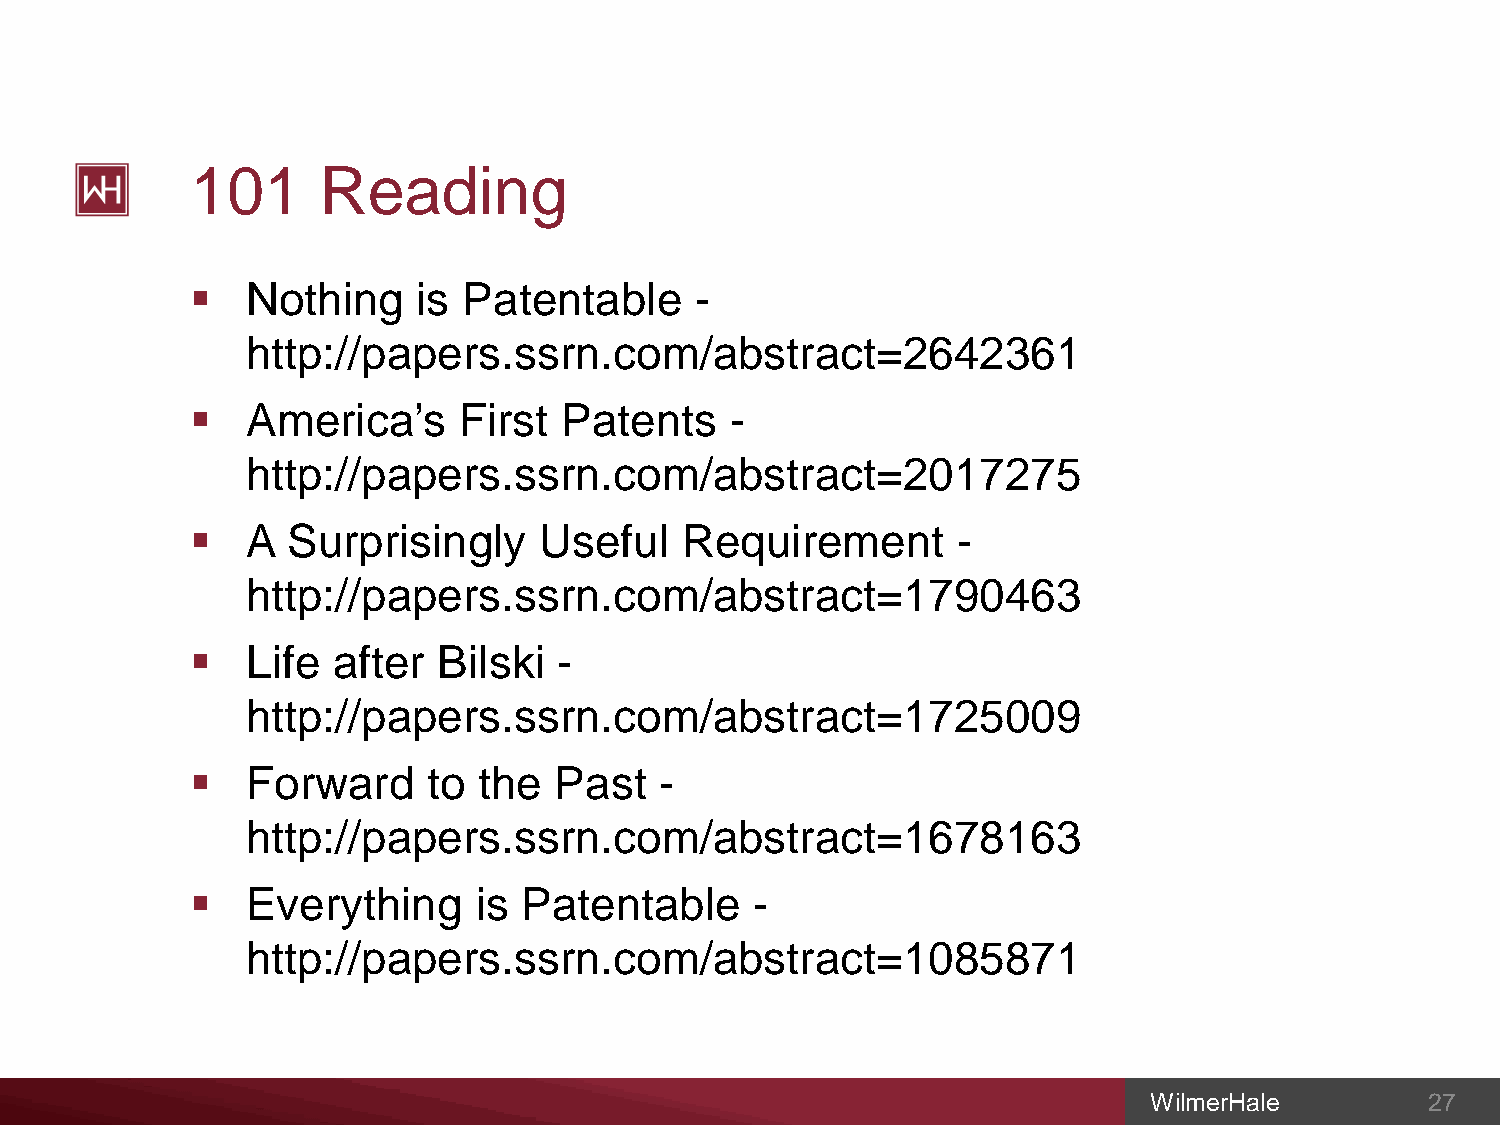
101     Reading
   Nothing     is Patentable     -
 http://papers.ssrn.com/abstract=2642361
   America’s     First  Patents    -
 http://papers.ssrn.com/abstract=2017275
   A  Surprisingly     Useful   Requirement       -
 http://papers.ssrn.com/abstract=1790463
   Life  after  Bilski  -
 http://papers.ssrn.com/abstract=1725009
   Forward     to  the  Past   -
 http://papers.ssrn.com/abstract=1678163
   Everything     is  Patentable     -
 http://papers.ssrn.com/abstract=1085871
 WilmerHale         27